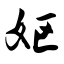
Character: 妪